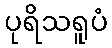
ပုရိသရူပံ